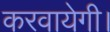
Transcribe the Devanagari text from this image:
करवायेगी।